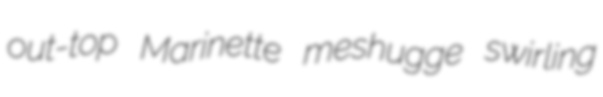
out-top Marinette meshugge swirling